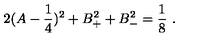
2 ( A - { \frac { 1 } { 4 } } ) ^ { 2 } + B _ { + } ^ { 2 } + B _ { - } ^ { 2 } = { \frac { 1 } { 8 } } \ .